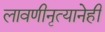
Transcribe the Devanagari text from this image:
लावणीनृत्यानेही